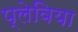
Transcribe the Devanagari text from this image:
प्लेविया